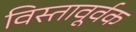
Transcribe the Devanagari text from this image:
विस्तावूर्वक